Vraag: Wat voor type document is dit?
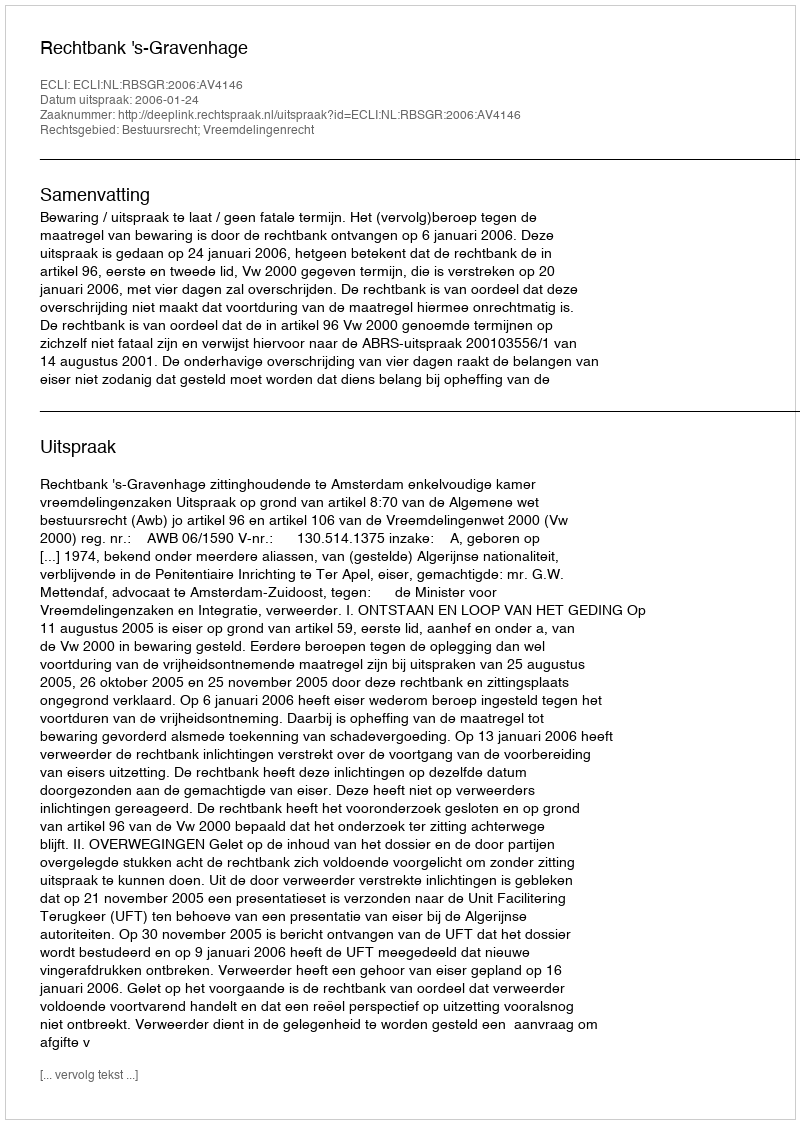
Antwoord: Uitspraak